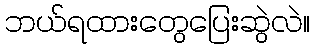
ဘယ်ရထားတွေပြေးဆွဲလဲ။